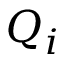
Q _ { i }